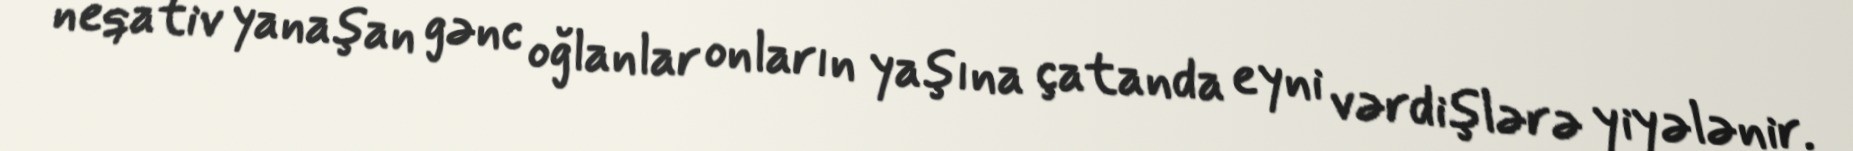
neqativ yanaşan gənc oğlanlar onların yaşına çatanda eyni vərdişlərə yiyələnir.